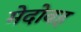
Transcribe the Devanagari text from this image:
मेदोवह